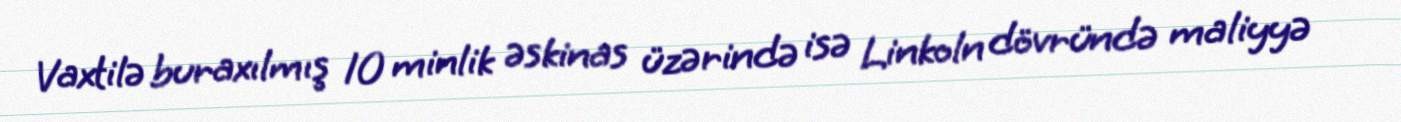
Vaxtilə buraxılmış 10 minlik əskinas üzərində isə Linkoln dövründə maliyyə